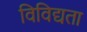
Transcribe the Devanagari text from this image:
विविद्यता